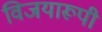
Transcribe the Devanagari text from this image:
विजयारूपी